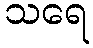
သရေ